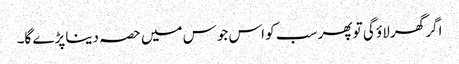
اگر گھر لاؤ گی تو پھر سب کو اس جوس میں حصہ دینا پڑے گا۔